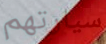
سيارتهم